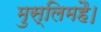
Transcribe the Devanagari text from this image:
मुस्लिमहै।